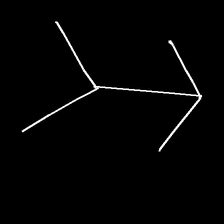
Glyph: gather